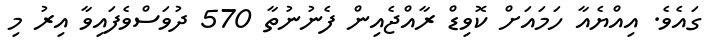
ގައެވެ. އިއްޔެއާ ހަމައަށް ކޮވިޑް ރާއްޖެއިން ފެނުނުތާ 570 ދުވަސްވެފައިވާ އިރު މި